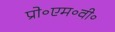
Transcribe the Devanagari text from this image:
प्रो॰एम॰वी॰